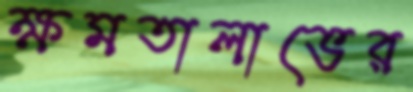
ক্ষমতালাভের